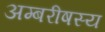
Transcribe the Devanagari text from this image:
अम्बरीषस्य